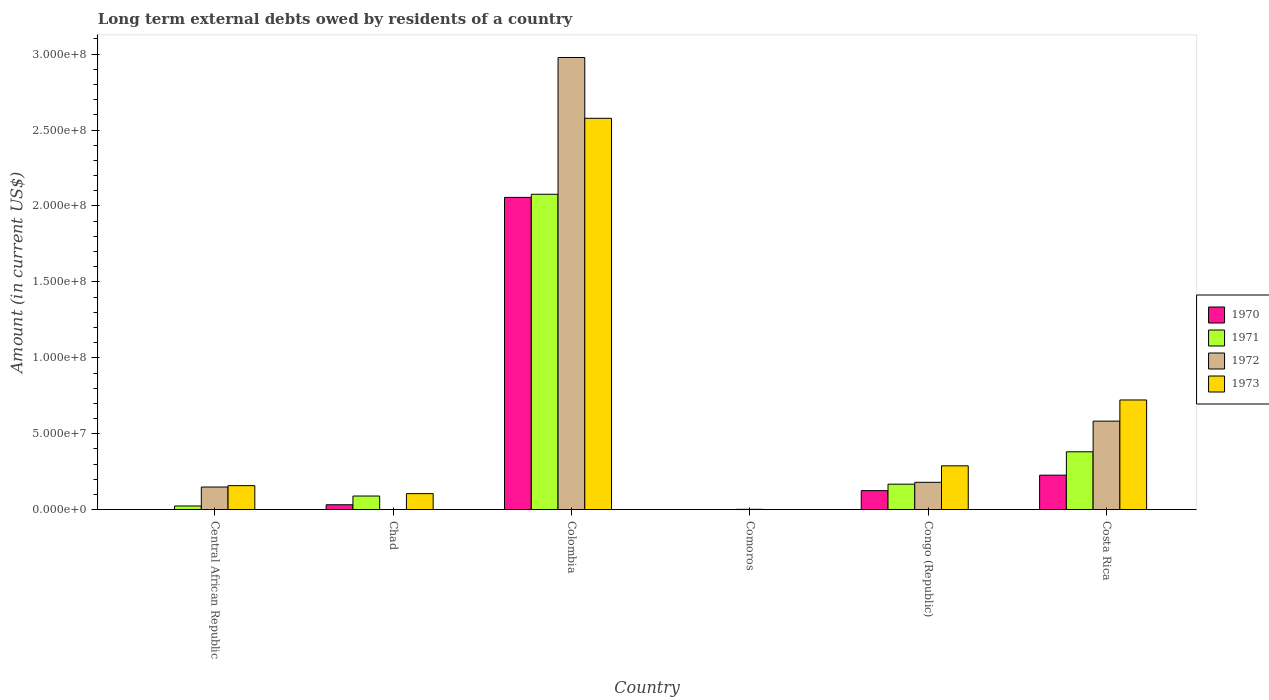
| Country | 1970 | 1971 | 1972 | 1973 |
 | --- | --- | --- | --- | --- |
 | Central African Republic | -7.31e+05 | 2.45e+06 | 1.49e+07 | 1.58e+07 |
 | Chad | 3.26e+06 | 9.01e+06 | -1.2e+06 | 1.06e+07 |
 | Colombia | 2.06e+08 | 2.08e+08 | 2.98e+08 | 2.58e+08 |
 | Comoros | -4.8e+04 | -8e+03 | 2.48e+05 | 5.4e+04 |
 | Congo (Republic) | 1.26e+07 | 1.68e+07 | 1.8e+07 | 2.89e+07 |
 | Costa Rica | 2.27e+07 | 3.81e+07 | 5.83e+07 | 7.23e+07 |